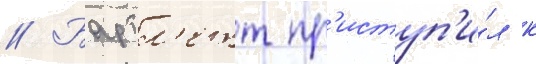
// Бартл'етт пр'иступ'и́л к